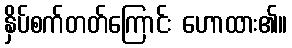
နှိပ်စက်တတ်ကြောင်း ဟောထား၏။